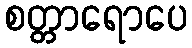
စတ္တာရောပေ